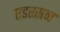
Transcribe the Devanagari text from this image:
एडरसन